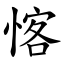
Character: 愘